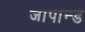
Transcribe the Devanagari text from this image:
जापान्ड